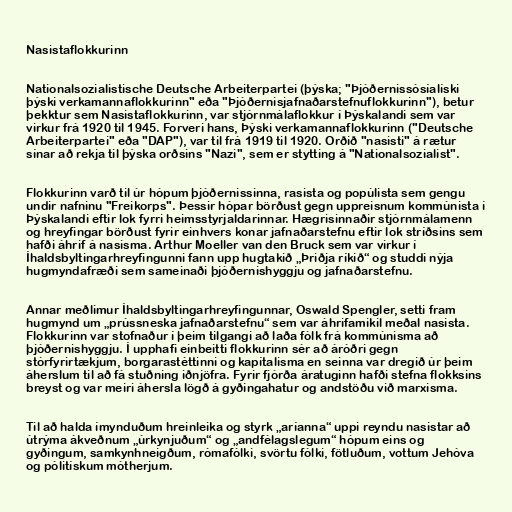
Nasistaflokkurinn

Nationalsozialistische Deutsche Arbeiterpartei (þýska; "Þjóðernissósíalíski
þýski verkamannaflokkurinn" eða "Þjóðernisjafnaðarstefnuflokkurinn"), betur
þekktur sem Nasistaflokkurinn, var stjórnmálaflokkur í Þýskalandi sem var
virkur frá 1920 til 1945. Forveri hans, Þýski verkamannaflokkurinn ("Deutsche
Arbeiterpartei" eða "DAP"), var til frá 1919 til 1920. Orðið "nasisti" á rætur
sínar að rekja til þýska orðsins "Nazi", sem er stytting á "Nationalsozialist".

Flokkurinn varð til úr hópum þjóðernissinna, rasista og popúlista sem gengu
undir nafninu "Freikorps". Þessir hópar börðust gegn uppreisnum kommúnista í
Þýskalandi eftir lok fyrri heimsstyrjaldarinnar. Hægrisinnaðir stjórnmálamenn
og hreyfingar börðust fyrir einhvers konar jafnaðarstefnu eftir lok stríðsins sem
hafði áhrif á nasisma. Arthur Moeller van den Bruck sem var virkur í
Íhaldsbyltingarhreyfingunni fann upp hugtakið „Þriðja ríkið“ og studdi nýja
hugmyndafræði sem sameinaði þjóðernishyggju og jafnaðarstefnu.

Annar meðlimur Íhaldsbyltingarhreyfingunnar, Oswald Spengler, setti fram
hugmynd um „prússneska jafnaðarstefnu“ sem var áhrifamikil meðal nasista.
Flokkurinn var stofnaður í þeim tilgangi að laða fólk frá kommúnisma að
þjóðernishyggju. Í upphafi einbeitti flokkurinn sér að áróðri gegn
stórfyrirtækjum, borgarastéttinni og kapítalisma en seinna var dregið úr þeim
áherslum til að fá stuðning iðnjöfra. Fyrir fjórða áratuginn hafði stefna flokksins
breyst og var meiri áhersla lögð á gyðingahatur og andstöðu við marxisma.

Til að halda ímynduðum hreinleika og styrk „aríanna“ uppi reyndu nasistar að
útrýma ákveðnum „úrkynjuðum“ og „andfélagslegum“ hópum eins og
gyðingum, samkynhneigðum, rómafólki, svörtu fólki, fötluðum, vottum Jehóva
og pólitískum mótherjum.